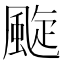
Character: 颴